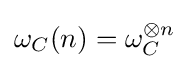
\omega _{C}(n)=\omega _{C}^{\otimes n}